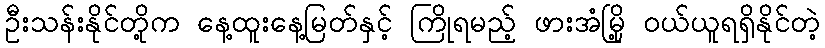
ဦးသန်းနိုင်တို့က နေ့ထူးနေ့မြတ်နှင့် ကြိုရမည့် ဖားအံမြို့ ဝယ်ယူရရှိနိုင်တဲ့